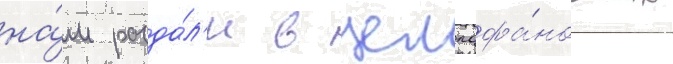
на́м разда́л'и в целлофа́новых